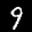
Label: 9